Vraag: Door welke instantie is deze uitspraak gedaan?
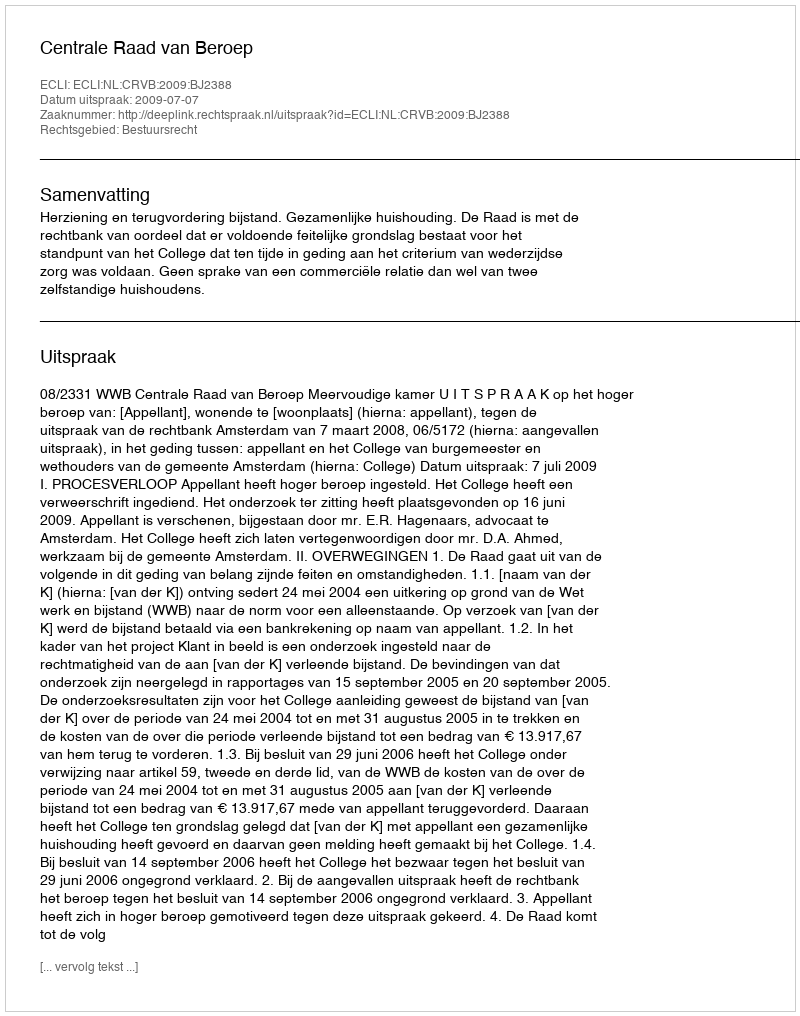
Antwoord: Centrale Raad van Beroep